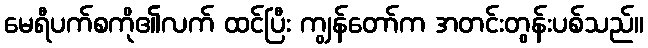
မေရီပက်စကို၏လက် ထင်ပြီး ကျွန်တော်က အတင်းတွန်းပစ်သည်။